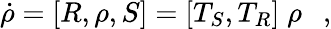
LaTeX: \dot{\rho}=[R,\rho,S]=[T_{S},T_{R}]\; \rho~~~,